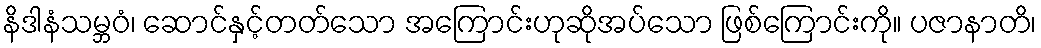
နိဒါနံသမ္ဘဝံ၊ ဆောင်နှင့်တတ်သော အကြောင်းဟုဆိုအပ်သော ဖြစ်ကြောင်းကို။ ပဇာနာတိ၊